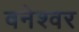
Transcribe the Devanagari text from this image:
वनेश्वर